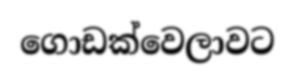
ගොඩක්වෙලාවට